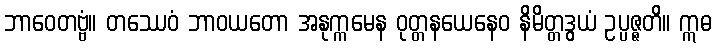
ဘာဝေတဗ္ဗံ။ တဿေဝံ ဘာဝယတော အနုက္ကမေန ဝုတ္တနယေနေဝ နိမိတ္တဒွယံ ဥပ္ပဇ္ဇတိ။ ဣဓ